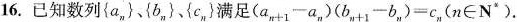
16.已知数列{a_{n|},{b_{n|},{c_{n|}}满足$$({a_{n+1|}- {a_{n|})({b_{n+1|}- {b_{n|}，)={c_{n|}$$，(n\in N^{*})。